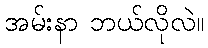
အမ်းနာ ဘယ်လိုလဲ။